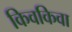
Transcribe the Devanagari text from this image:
किवकिवा